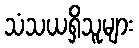
သံသယရှိသူများ